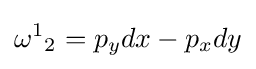
{\omega ^{1}}_{2}=p_{y}dx-p_{x}dy